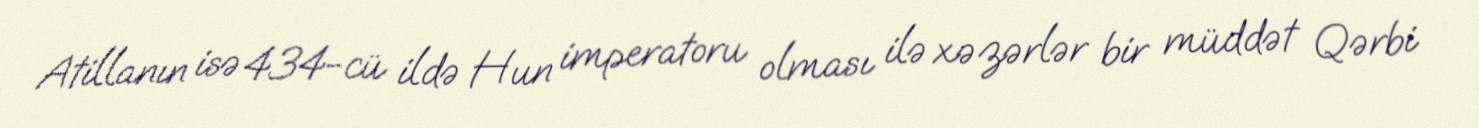
Atillanın isə 434-cü ildə Hun imperatoru olması ilə xəzərlər bir müddət Qərbi